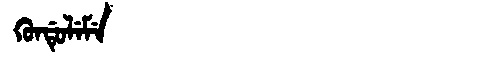
Manchu: ᡴᡠᠨᡩᡠᠯᡝᠮᡝ
Romanization: KUNDULEME